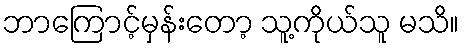
ဘာကြောင့်မှန်းတော့ သူ့ကိုယ်သူ မသိ။